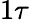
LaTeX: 1\tau